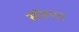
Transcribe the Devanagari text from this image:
सोंडपार